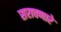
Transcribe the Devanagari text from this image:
सरावणारे